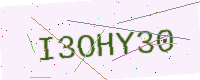
Text: I3OHY30